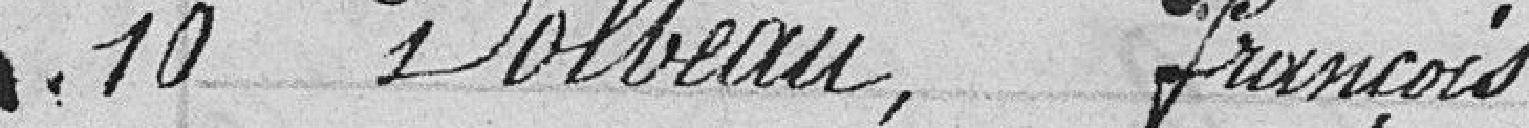
10 Dolbeau, François